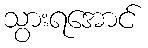
သွားရအောင်